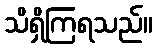
သိရှိကြရသည်။